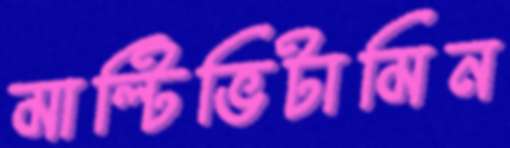
মাল্টিভিটামিন